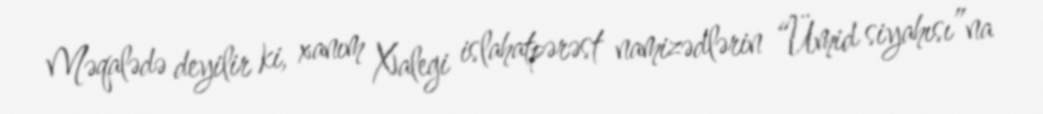
Məqalədə deyilir ki, xanım Xalegi islahatpərəst namizədlərin “Ümid siyahısı”na